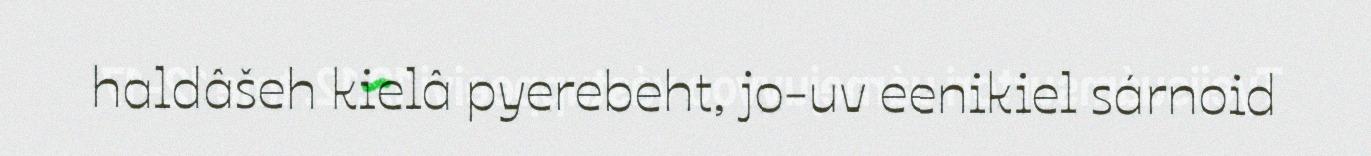
haldâšeh kielâ pyerebeht, jo-uv eenikiel sárnoid